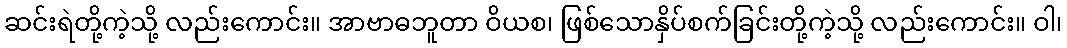
ဆင်းရဲတို့ကဲ့သို့ လည်းကောင်း။ အာဗာဓဘူတာ ဝိယစ၊ ဖြစ်သောနှိပ်စက်ခြင်းတို့ကဲ့သို့ လည်းကောင်း။ ဝါ၊